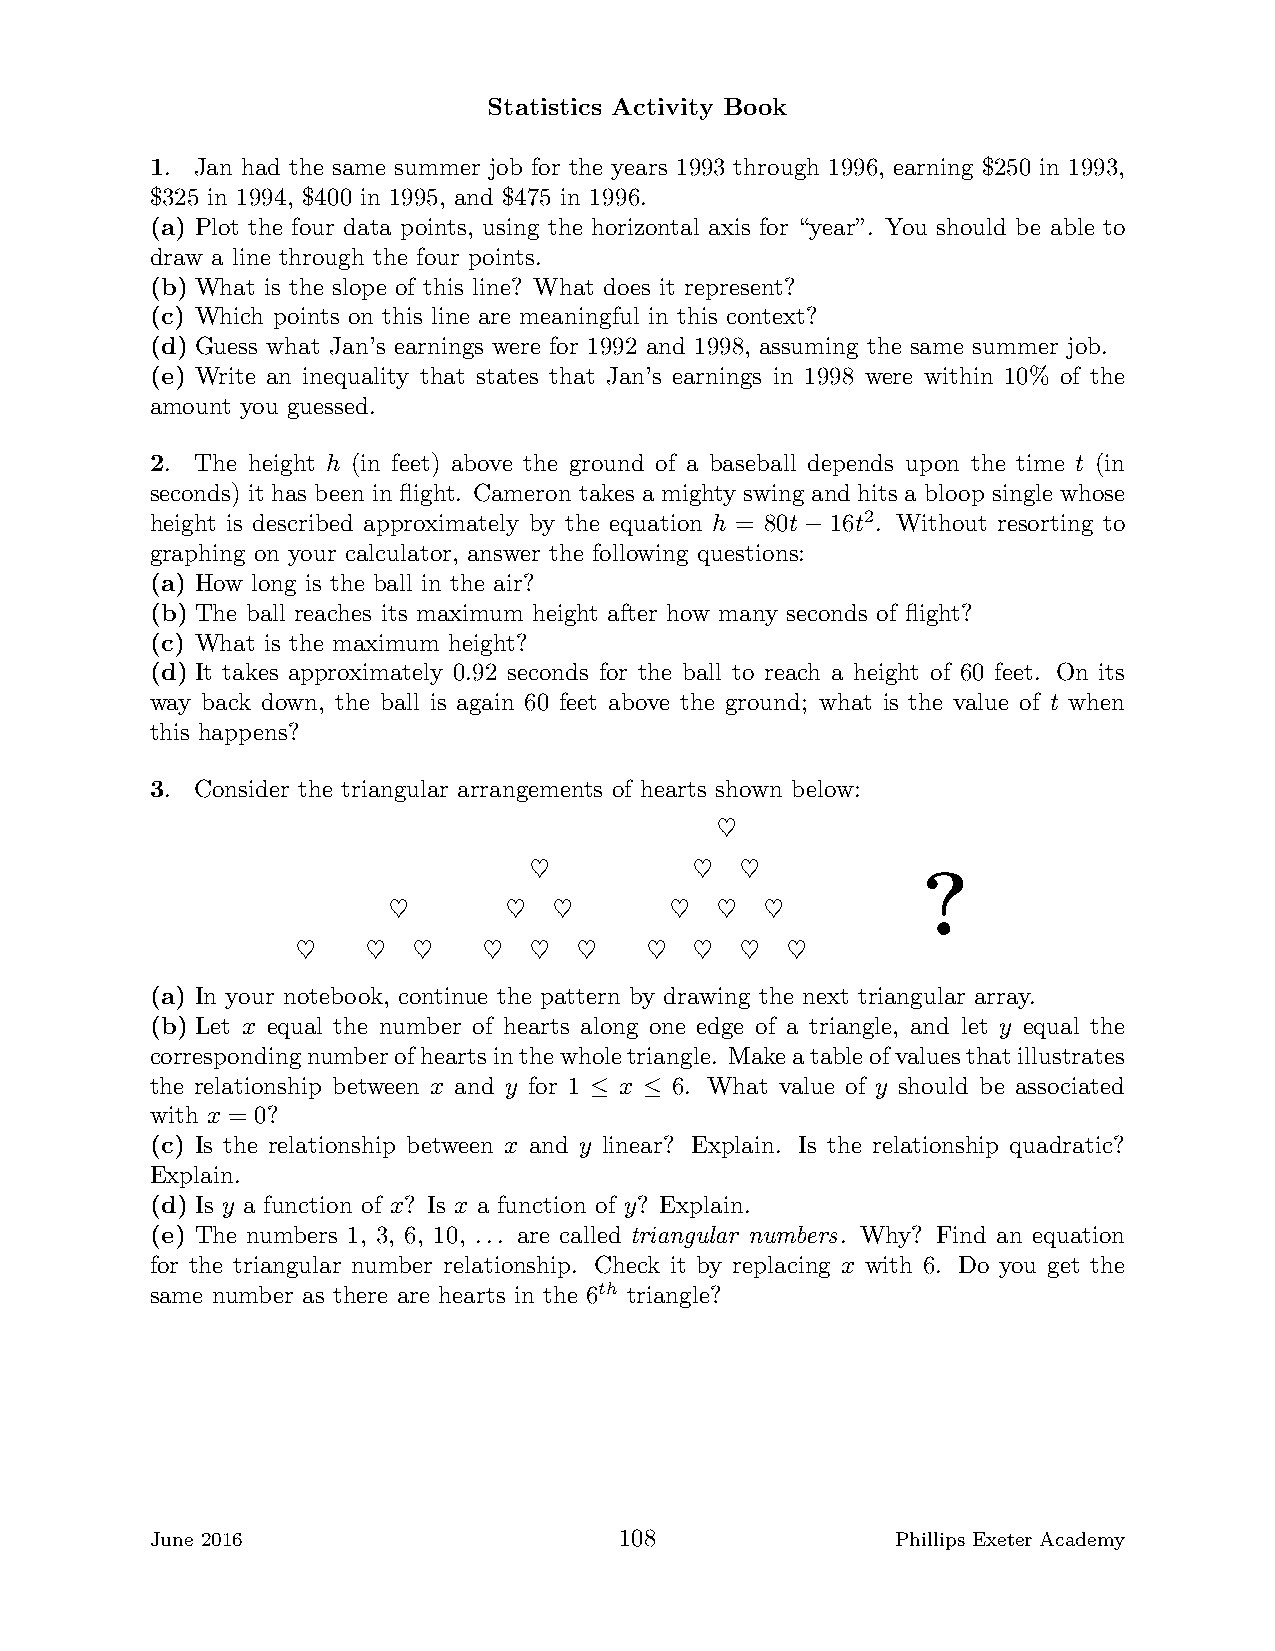
Statistics Activity Book
 1. Jan had the same summer job for the years 1993 through 1996, earning $250 in 1993,
 $325 in 1994, $400 in 1995, and $475 in 1996.
 (a) Plot the four data points, using the horizontal axis for “year”. You should be able to
 draw a line through the four points.
 (b) What is the slope of this line? What does it represent?
 (c) Which points on this line are meaningful in this context?
 (d) Guess what Jan’s earnings were for 1992 and 1998, assuming the same summer job.
 (e) Write an inequality that states that Jan’s earnings in 1998 were within 10% of the
 amount you guessed.
 2. The height h (in feet) above the ground of a baseball depends upon the time t (in
 seconds) it has been in flight. Cameron takes a mighty swing and hits a bloop single whose
 height is described approximately by the equation h = 80t 16t2. Without resorting to
 −
 graphing on your calculator, answer the following questions:
 (a) How long is the ball in the air?
 (b) The ball reaches its maximum height after how many seconds of flight?
 (c) What is the maximum height?
 (d) It takes approximately 0.92 seconds for the ball to reach a height of 60 feet. On its
 way back down, the ball is again 60 feet above the ground; what is the value of t when
 this happens?
 3. Consider the triangular arrangements of hearts shown below:
 ♥
 ?
 ♥          ♥  ♥
 ♥       ♥  ♥      ♥  ♥   ♥
 ♥   ♥  ♥    ♥  ♥  ♥    ♥  ♥  ♥  ♥
 (a) In your notebook, continue the pattern by drawing the next triangular array.
 (b) Let x equal the number of hearts along one edge of a triangle, and let y equal the
 correspondingnumberofheartsinthewholetriangle. Makeatableofvaluesthatillustrates
 the relationship between x and y for 1 x 6. What value of y should be associated
 ≤   ≤
 with x = 0?
 (c) Is the relationship between x and y linear? Explain. Is the relationship quadratic?
 Explain.
 (d) Is y a function of x? Is x a function of y? Explain.
 (e) The numbers 1, 3, 6, 10, ... are called triangular numbers. Why? Find an equation
 for the triangular number relationship. Check it by replacing x with 6. Do you get the
 same number as there are hearts in the 6th triangle?
 June 2016                      108               Phillips Exeter Academy